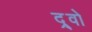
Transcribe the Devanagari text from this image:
द्र्वो